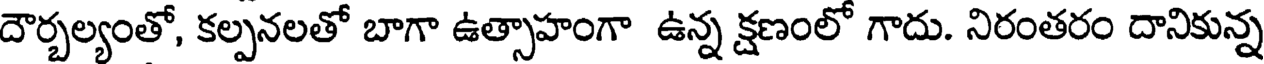
దౌర్బల్యంతో, కల్పనలతో బాగా ఉత్సాహంగా ఉన్న క్షణంలో గాదు. నిరంతరం దానికున్న